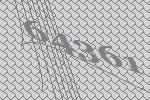
64361